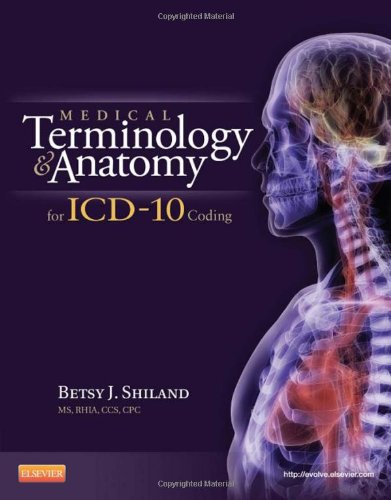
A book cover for Medical Terminology and Anatomy for ICD-10 Coding, 1e; Betsy J. Shiland; Medical Books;